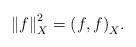
LaTeX: \begin{align*}{\lVert f \rVert}^2_X = {(f,f)}_X.\end{align*}